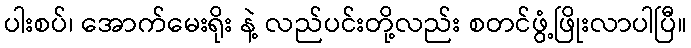
ပါးစပ်၊ အောက်မေးရိုး နဲ့ လည်ပင်းတို့လည်း စတင်ဖွံ့ဖြိုးလာပါပြီ။